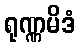
ရုဏ္ဏမိဒံ